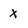
Character: x